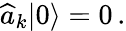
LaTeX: \widehat{a}_{k}|0\rangle=0\, .